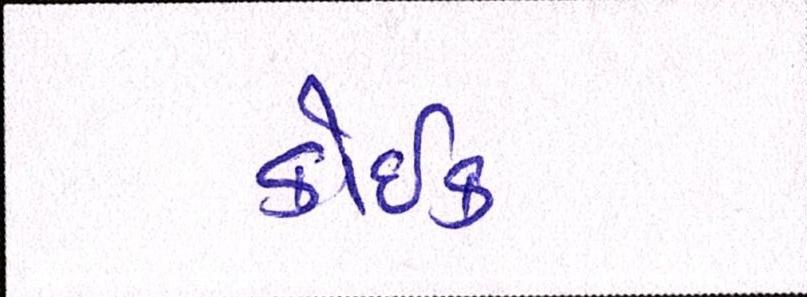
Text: કોઈક